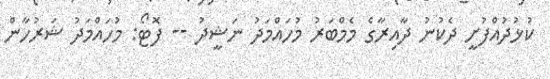
ކުޅުދުއްފުށީ ދެކުނު ދާއިރާގެ މެމްބަރު މުހައްމަދު ނަޝީދު -- ފޮޓޯ: މުހައްމަދު ޝަރުހާން